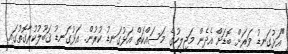
"އަޅުގަނޑު ވަރަށް ބޮޑަށް އެދެން މަޖިލީހުގެ މަސައްކަތް އަޅުގަނޑު ކުރުން. އަޅުގަނޑު ޤަބޫލުކުރާގޮތުގައި